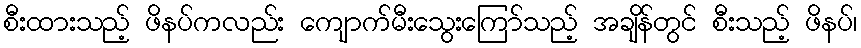
စီးထားသည့် ဖိနပ်ကလည်း ကျောက်မီးသွေးကြော်သည့် အချိန်တွင် စီးသည့် ဖိနပ်၊